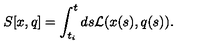
S [ x , q ] = \int _ { t _ { i } } ^ { t } d s { \cal L } ( x ( s ) , q ( s ) ) .